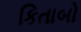
કિતાબો